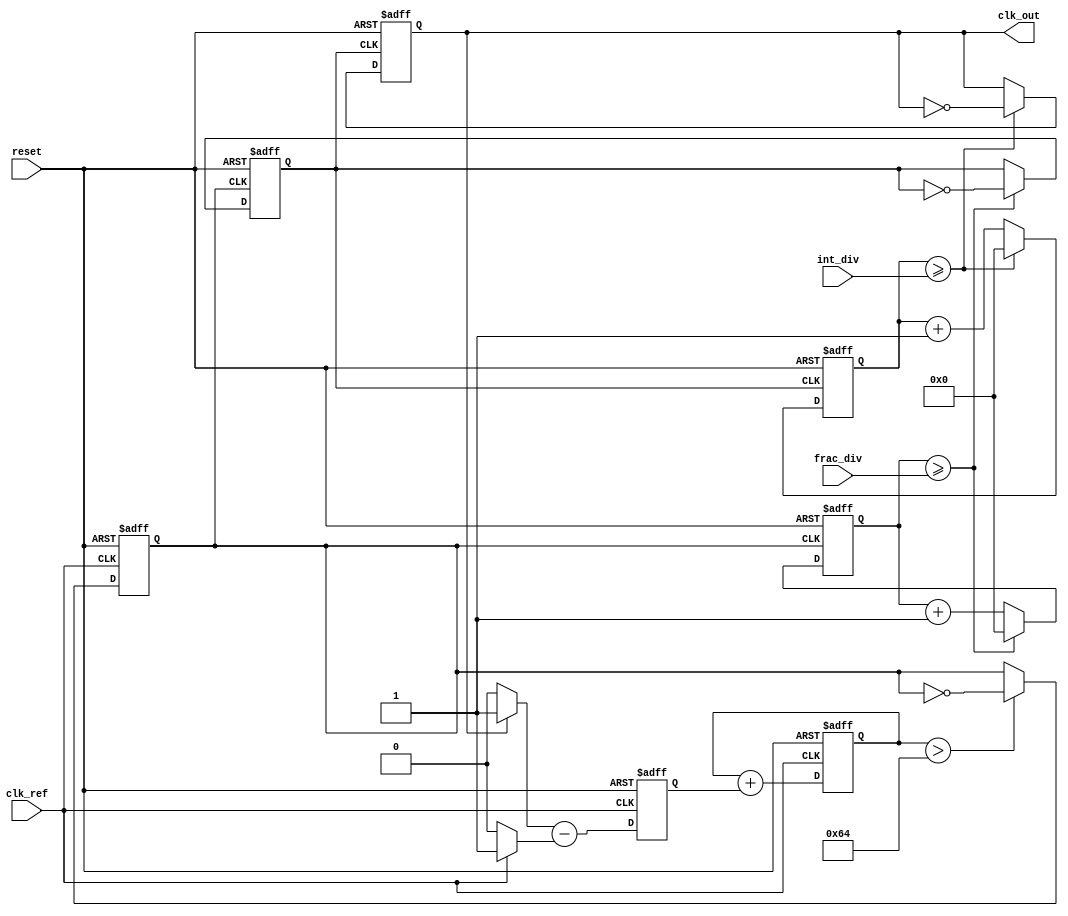
module frac_n_pll (
    input wire clk_ref,          // Reference clock input
    input wire reset,            // Reset signal
    input wire [N-1:0] frac_div, // Fractional divider value
    input wire [M-1:0] int_div,  // Integer divider value
    output wire clk_out          // Output clock
);

parameter N = 8; // Width of fractional divider
parameter M = 8; // Width of integer divider
parameter VCO_MAX_FREQ = 100; // Max VCO frequency (arbitrary units)

// Phase Detector
reg phase_error;
always @(posedge clk_ref or posedge reset) begin
    if (reset) begin
        phase_error <= 0;
    end else begin
        // Phase detection logic (simplified)
        // Compare reference clock with output clock
        // This is a placeholder for actual phase detection logic
        phase_error <= (clk_out ? 1 : 0) - (clk_ref ? 1 : 0);
    end
end

// Loop Filter
reg [15:0] control_voltage; // Control voltage for VCO
always @(posedge clk_ref or posedge reset) begin
    if (reset) begin
        control_voltage <= 0;
    end else begin
        // Simple proportional control for loop filter
        control_voltage <= control_voltage + phase_error;
    end
end

// Voltage-Controlled Oscillator (VCO)
reg clk_vco;
always @(posedge clk_ref or posedge reset) begin
    if (reset) begin
        clk_vco <= 0;
    end else begin
        // VCO frequency control (simplified)
        // Adjust frequency based on control voltage
        if (control_voltage > VCO_MAX_FREQ) begin
            clk_vco <= ~clk_vco; // Toggle VCO output
        end
    end
end

// Fractional Divider
reg [N-1:0] frac_counter;
reg clk_frac;
always @(posedge clk_vco or posedge reset) begin
    if (reset) begin
        frac_counter <= 0;
        clk_frac <= 0;
    end else begin
        // Fractional division logic (simplified)
        frac_counter <= frac_counter + 1;
        if (frac_counter >= frac_div) begin
            clk_frac <= ~clk_frac;
            frac_counter <= 0;
        end
    end
end

// Integer Divider
reg [M-1:0] int_counter;
always @(posedge clk_frac or posedge reset) begin
    if (reset) begin
        int_counter <= 0;
        clk_out <= 0;
    end else begin
        // Integer division logic
        int_counter <= int_counter + 1;
        if (int_counter >= int_div) begin
            clk_out <= ~clk_out;
            int_counter <= 0;
        end
    end
end

endmodule